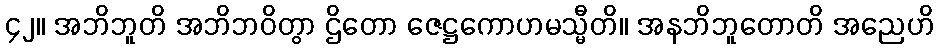
၄၂။ အဘိဘူတိ အဘိဘဝိတွာ ဌိတော ဇေဋ္ဌကောဟမသ္မီတိ။ အနဘိဘူတောတိ အညေဟိ